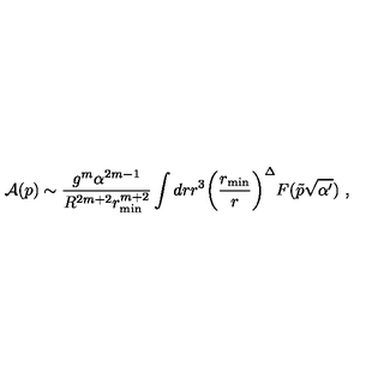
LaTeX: { \cal A } ( p ) \sim \frac { g ^ { m } \alpha ^ { 2 m - 1 } } { R ^ { 2 m + 2 } r _ { \mathrm { m i n } } ^ { m + 2 } } \int d r r ^ { 3 } \biggl ( \frac { r _ { \mathrm { m i n } } } { r } \biggr ) ^ { \Delta } F ( \tilde { p } \sqrt { \alpha ^ { \prime } } ) \ ,